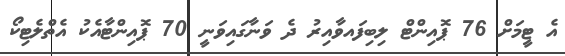
އެ ޓީމަށް 76 ޕޮއިންޓް ލިބިފައވާއިރު ދެ ވަނާގައިވަނީ 70 ޕޮއިންޓާއެކު އެތްލެޓިކޯ